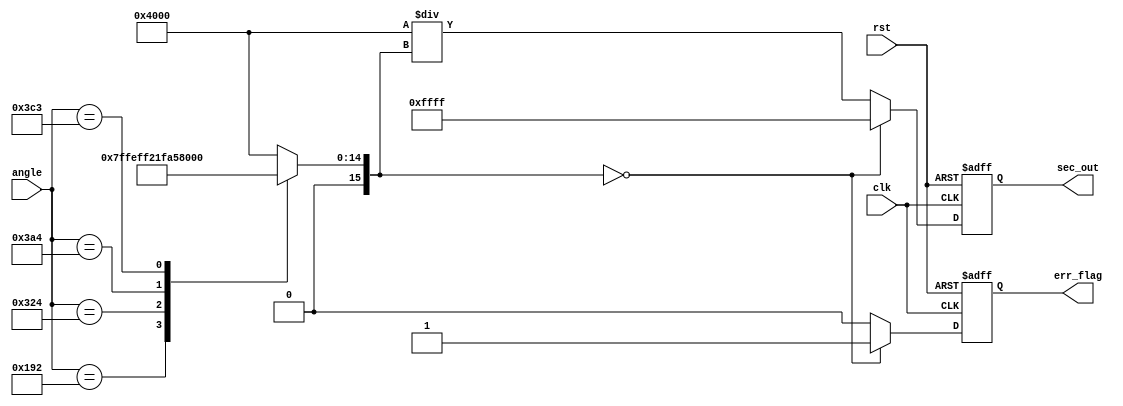
module SecantFunction (
    input wire [15:0] angle, // Input angle in radians (fixed-point representation)
    output reg [15:0] sec_out, // Output secant value (fixed-point representation)
    output reg err_flag, // Error flag for undefined cases (secant approaching )
    input wire clk, // Clock signal
    input wire rst // Reset signal
);

    // Function to compute cosine using a look-up table
    function [15:0] cos_lookup;
        input [15:0] angle;
        // Example of a simple look-up table (for angles in a limited range)
        // In a real application, this should be expanded or computed at runtime
        begin
            case (angle)
                16'h0000: cos_lookup = 16'h4000; // cos(0) = 1.0
                16'h0192: cos_lookup = 16'h3FFF; // cos(pi/10)
                16'h0324: cos_lookup = 16'h3FC8; // cos(pi/5)
                16'h03A4: cos_lookup = 16'h3F4B; // cos(3*pi/10)
                16'h03C3: cos_lookup = 16'h0000; // cos(pi/2) = 0.0 (undefined for sec(x))
                default: cos_lookup = 16'h4000; // Default to 1.0
            endcase
        end
    endfunction

    reg [15:0] cos_val; // Cosine value
    reg [15:0] rec_val; // Reciprocal of cosine value

    always @(posedge clk or posedge rst) begin
        if (rst) begin
            sec_out <= 16'h0000; // Reset output
            err_flag <= 1'b0; // Clear error flag
        end else begin
            // Compute cosine using the look-up table
            cos_val = cos_lookup(angle);
            
            // Check for undefined cases (cos(x) near zero)
            if (cos_val == 16'h0000) begin
                err_flag <= 1'b1; // Set error flag
                sec_out <= 16'hFFFF; // Assign an indicative value for 
            end else begin
                err_flag <= 1'b0; // Clear error flag
                // Compute the reciprocal (1/cos_val) using simple division
                rec_val = 16'h4000 / cos_val; // Assume fixed-point format, dividing by 1.0 (0x4000 represents 1.0 in fixed-point)
                sec_out <= rec_val; // Output secant value
            end
        end
    end

endmodule